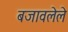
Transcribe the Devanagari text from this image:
बजावलेले